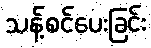
သန့်စင်ပေးခြင်း